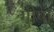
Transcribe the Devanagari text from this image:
गीषा